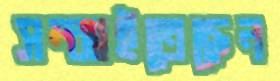
সম্‌ঝাইতেছেন